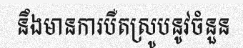
នឹងមានការបឺតស្រូបនូវចំនួន